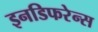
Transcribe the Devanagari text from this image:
इनडिफरेन्स